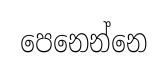
පෙනෙන්නෙ